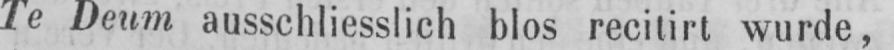
Te Deum ausschliesslich blos recitirt wurde,